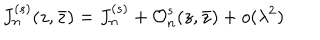
J _ { n } ^ { ( s ) } ( z , \bar { z } ) = J _ { n } ^ { ( s ) } + { \cal O } _ { n } ^ { s } ( z , \bar { z } ) + o ( \lambda ^ { 2 } )